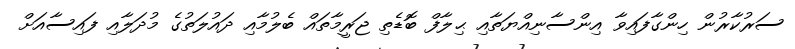
ސަރުކާރުން ހިންގާފައިވާ އިންސާނިއްޔަތާއި ޙިލާފް ބޮޑެތި ޖަރީމާތައް ބެލުމާއި ދައުލަތުގެ މުދަލާއި ފައިސާއަށް